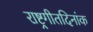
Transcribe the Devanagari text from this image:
राष्ट्रगीतदिनांक